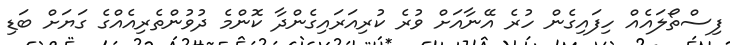
ފިސްތޯލައެއް ހިފައިގެން ހުރެ އޭނާއަށް ވުރެ ކުރިއަރައިގެންދާ ކޮންމެ ދުވުންތެރިއެއްގެ ގަޔަށް ބަޑި